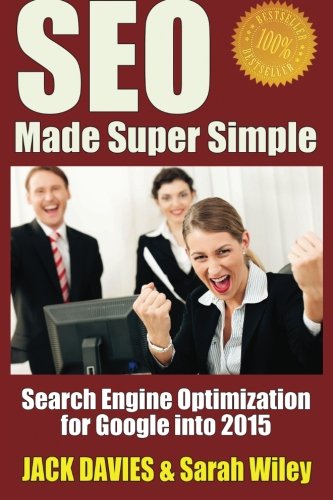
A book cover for SEO Made Super Simple: Search Engine Optimization for Google; Jack Davies; Computers & Technology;